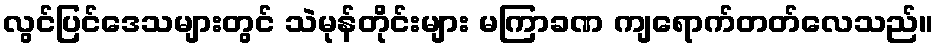
လွင်ပြင်ဒေသများတွင် သဲမုန်တိုင်းများ မကြာခဏ ကျရောက်တတ်လေသည်။